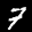
Label: 7